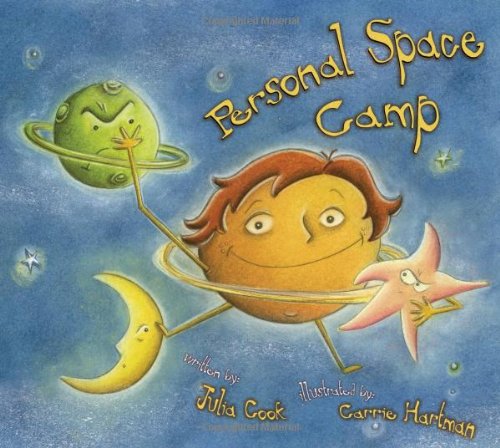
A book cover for Personal Space Camp; Julia Cook; Education & Teaching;